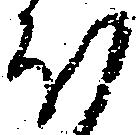
ほ